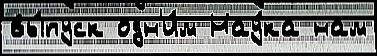
вы́пуск одн'и́м Нау́ка нам